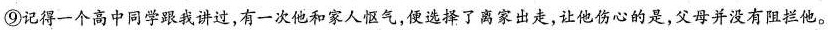
⑨记得一个高中同学跟我讲过，有一次他和家人怄气，使选择了离家出走，让他伤心的是，父母并没有阻他。